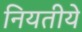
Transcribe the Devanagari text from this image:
नियतीये